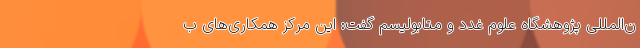
ن‌المللی پژوهشگاه علوم غدد و متابولیسم گفت: این مرکز همکاری‌های ب